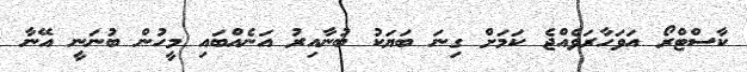
ކާސްޓްރޯ އަވަހާރަވެއްޖެ ކަމަށް ގިނަ ބަޔަކު ބުނާއިރު އަނެއްބައި މީހުން ބުނަނީ އޭނާ